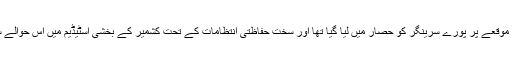
بھارت کے یوم آزادی کے موقعے پر پورے سرینگر کو حصار میں لیا گیا تھا اور سخت حفاظتی انتظامات کے تحت کشمیر کے بخشی اسٹیڈیم میں اس حوالے سے تقریب منعقد کی گئی ۔